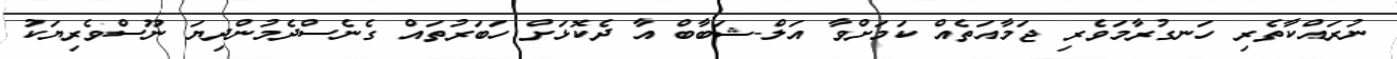
ނުރައްކާތެރި ހަނގުރާމަވެރި ޖަމާއަތެއް ކަމަށްވާ އަލް-ޝަބާބް އާ ދެކޮޅަށް ހަބަރުތައް ގެނެސްދެމުންދިޔަ ނޫސްވެރިޔަކު